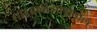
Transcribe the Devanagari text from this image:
साइक्लोहेक्सेनोल